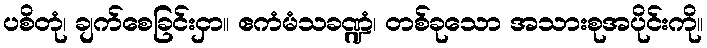
ပစိတုံ၊ ချက်စေခြင်းငှာ။ ဧကံမံသခဏ္ဍံ၊ တစ်ခုသော အသားစုအပိုင်းကို။